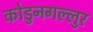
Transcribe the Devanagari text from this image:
कोडुनगल्लुर